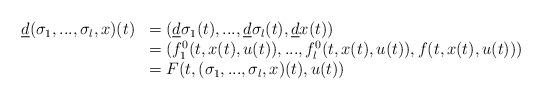
LaTeX: \begin{align*}\begin{array}{ll}\underline{d}(\sigma_1,...,\sigma_l,x)(t)&=(\underline{d}\sigma_1(t),...,\underline{d}\sigma_l(t),\underline{d}x(t))\\\null &= (f_1^0(t,x(t),u(t)),...,f^0_l(t,x(t),u(t)),f(t,x(t),u(t)))\\\null &= F(t,(\sigma_1,...,\sigma_l,x)(t),u(t))\end{array}\end{align*}